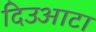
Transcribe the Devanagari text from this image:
दिउआटा